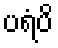
ပရံပိ